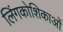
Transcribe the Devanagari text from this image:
लिंगकोशिकाओं